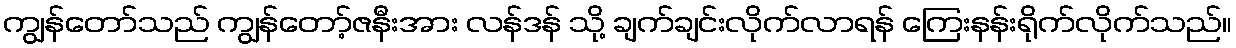
ကျွန်တော်သည် ကျွန်တော့်ဇနီးအား လန်ဒန် သို့ ချက်ချင်းလိုက်လာရန် ကြေးနန်းရိုက်လိုက်သည်။